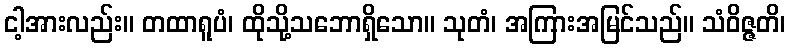
ငါ့အားလည်း။ တထာရူပံ၊ ထိုသို့သဘောရှိသော။ သုတံ၊ အကြားအမြင်သည်။ သံဝိဇ္ဇတိ၊